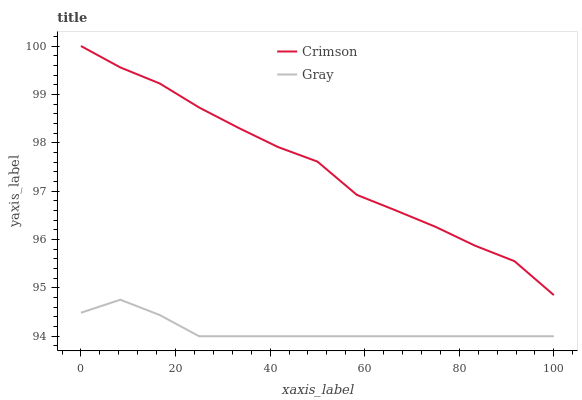
| xaxis_label | Crimson | Gray |
 | --- | --- | --- |
 | 0 | 100 | 94.5 |
 | 8.33 | 99.6 | 94.8 |
 | 16.7 | 99.2 | 94.4 |
 | 25 | 98.7 | 94 |
 | 33.3 | 98.3 | 94 |
 | 41.7 | 97.9 | 94 |
 | 50 | 97.6 | 94 |
 | 58.3 | 96.9 | 94 |
 | 66.7 | 96.6 | 94 |
 | 75 | 96.3 | 94 |
 | 83.3 | 95.9 | 94 |
 | 91.7 | 95.6 | 94 |
 | 100 | 94.9 | 94 |